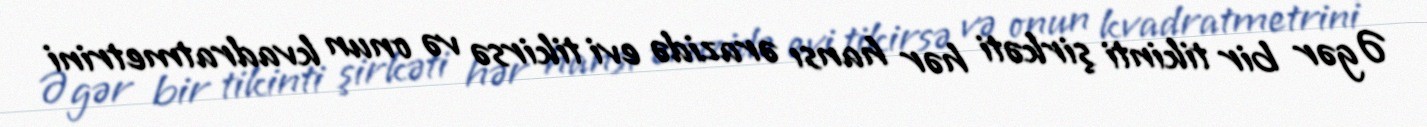
Əgər bir tikinti şirkəti hər hansı ərazidə evi tikirsə və onun kvadratmetrini